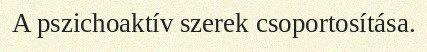
A pszichoaktív szerek csoportosítása.